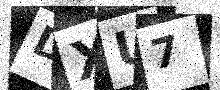
Text: DXU7